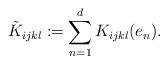
LaTeX: \begin{align*}\tilde{K}_{ijkl}:=\sum_{n=1}^d K_{ijkl}(e_n).\end{align*}